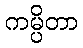
ကမ္ပိတာ